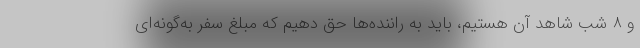
و ۸ شب شاهد آن هستیم، باید به راننده‌ها حق دهیم که مبلغ سفر به‌گونه‌ای